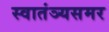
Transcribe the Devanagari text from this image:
स्वातंञ्यसमर